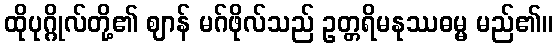
ထိုပုဂ္ဂိုလ်တို့၏ ဈာန် မဂ်ဖိုလ်သည် ဥတ္တရိမနုဿဓမ္မ မည်၏။